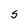
Character: S